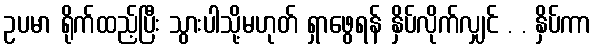
ဥပမာ ရိုက်ထည့်ပြီး သွားပါသို့မဟုတ် ရှာဖွေရန် နှိပ်လိုက်လျှင် . . နှိပ်ကာ